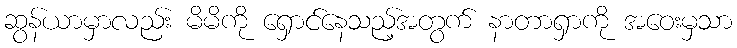
ဆွန်ယာမှာလည်း မိမိကို ရှောင်နေသည့်အတွက် နာတာရှာကို အဝေးမှသာ